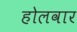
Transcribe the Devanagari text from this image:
होलवार